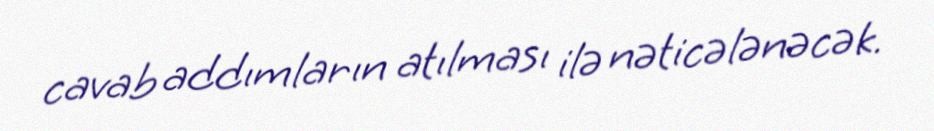
cavab addımların atılması ilə nəticələnəcək.